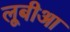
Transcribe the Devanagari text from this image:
लूबीआ